Annual report of the Punjab Veterinary College and of the Civil Veterinary Department, Punjab - 1894-1908
Year: 1894
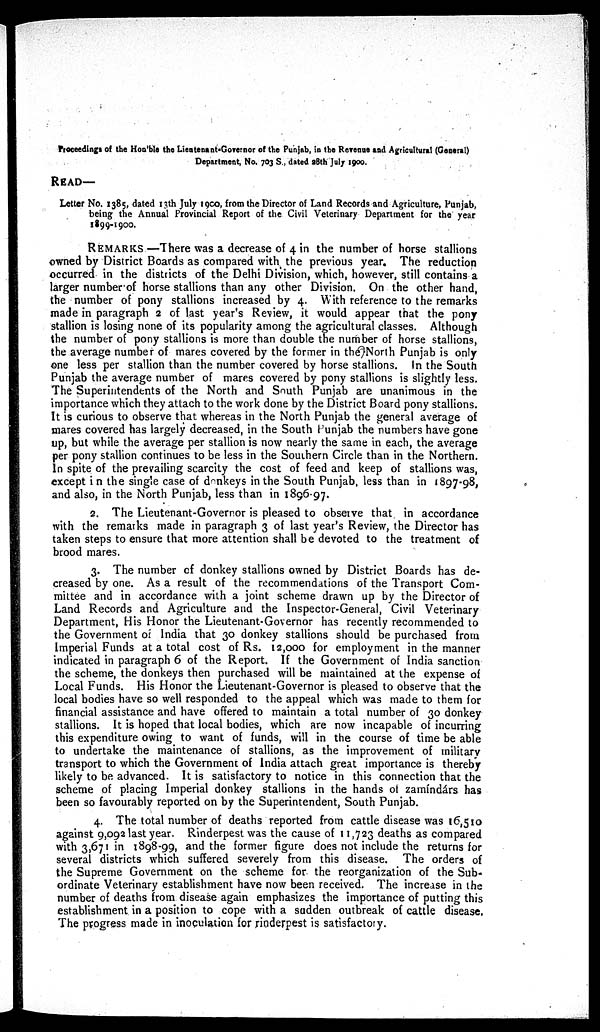
Proceedings of the Hon ble the Lieutenant-Governor of the Punjab, in the Revenue and Agricultural (General)
Department, No. 703 S., dated 28th July 1900.
READ—
Letter No. 1385, dated 13th July 1900, from the Director of Land Records and Agriculture, Punjab,
being the Annual Provincial Report of the Civil Veterinary Department for the year
1899-1900.
REMARKS—There was a decrease of 4 in the number of horse stallions
owned by District Boards as compared with the previous year. The reduction
occurred in the districts of the Delhi Division, which, however, still contains a
larger number of horse stallions than any other Division. On the other hand,
the number of pony stallions increased by 4. With reference to the remarks
made in paragraph 2 of last year's Review, it would appear that the pony
stallion is losing none of its popularity among the agricultural classes. Although
the number of pony stallions is more than double the number of horse stallions,
the average number of mares covered by the former in the North Punjab is only
one less per stallion than the number covered by horse stallions. In the South
Punjab the average number of mares covered by pony stallions is slightly less.
The Superintendents of the North and South Punjab are unanimous in the
importance which they attach to the work done by the District Board pony stallions.
It is curious to observe that whereas in the North Punjab the general average of
mares covered has largely decreased, in the South Punjab the numbers have gone
up, but while the average per stallion is now nearly the same in each, the average
per pony stallion continues to be less in the Southern Circle than in the Northern.
In spite of the prevailing scarcity the cost of feed and keep of stallions was,
except in the single case of donkeys in the South Punjab, less than in 1897-98,
and also, in the North Punjab, less than in 1896-97.
2. The Lieutenant-Governor is pleased to observe that in accordance
with the remarks made in paragraph 3 of last year's Review, the Director has
taken steps to ensure that more attention shall be devoted to the treatment of
brood mares.
3. The number of donkey stallions owned by District Boards has de-
creased by one. As a result of the recommendations of the Transport Com-
mittee and in accordance with a joint scheme drawn up by the Director of
Land Records and Agriculture and the Inspector-General, Civil Veterinary
Department, His Honor the Lieutenant-Governor has recently recommended to
the Government of India that 30 donkey stallions should be purchased from
Imperial Funds at a total cost of Rs. 12,000 for employment in the manner
indicated in paragraph 6 of the Report. If the Government of India sanction
the scheme, the donkeys then purchased will be maintained at the expense of
Local Funds. His Honor the Lieutenant-Governor is pleased to observe that the
local bodies have so well responded to the appeal which was made to them for
financial assistance and have offered to maintain a total number of 30 donkey
stallions. It is hoped that local bodies, which are now incapable of incurring
this expenditure owing to want of funds, will in the course of time be able
to undertake the maintenance of stallions, as the improvement of military
transport to which the Government of India attach great importance is thereby
likely to be advanced. It is satisfactory to notice in this connection that the
scheme of placing Imperial donkey stallions in the hands of zamíndárs has
been so favourably reported on by the Superintendent, South Punjab.
4. The total number of deaths reported from cattle disease was 16,510
against 9,092 last year. Rinderpest was the cause of 11,723 deaths as compared
with 3,671 in 1898-99, and the former figure does not include the returns for
several districts which suffered severely from this disease. The orders of
the Supreme Government on the scheme for the reorganization of the Sub-
ordinate Veterinary establishment have now been received. The increase in the
number of deaths from disease again emphasizes the importance of putting this
establishment in a position to cope with a sudden outbreak of cattle disease.
The progress made in inoculation for rinderpest is satisfactory.